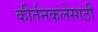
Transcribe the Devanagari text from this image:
कीर्तनकलेसाठी